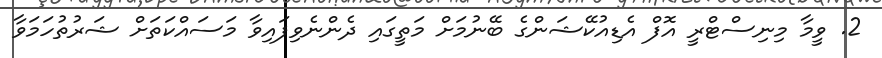
2. ވީމާ މިނިސްޓްރީ އޮފް އެޑިއުކޭޝަންގެ ބޭނުމަށް މަތީގައި ދެންނެވިފައިވާ މަސައްކަތަށް ޝަރުތުހަމަވާ